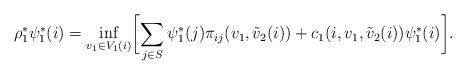
LaTeX: \begin{align*} \rho_{1}^{*}\psi_{1}^{*}(i)=\inf_{v_1\in V_1(i)}\biggl[\sum_{j\in S}\psi_{1}^{*}(j)\pi_{ij}(v_1,\tilde{v}_{2}(i))+c_1(i,v_1,\tilde{v}_{2}(i))\psi_{1}^{*}(i)\biggr]. \end{align*}